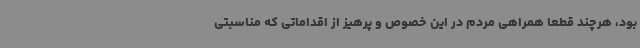
بود، هرچند قطعا همراهی مردم در این خصوص و پرهیز از اقداماتی که مناسبتی